38_143685_box_Incident_Summaries_173-233
Agency: Department of War
Page 83
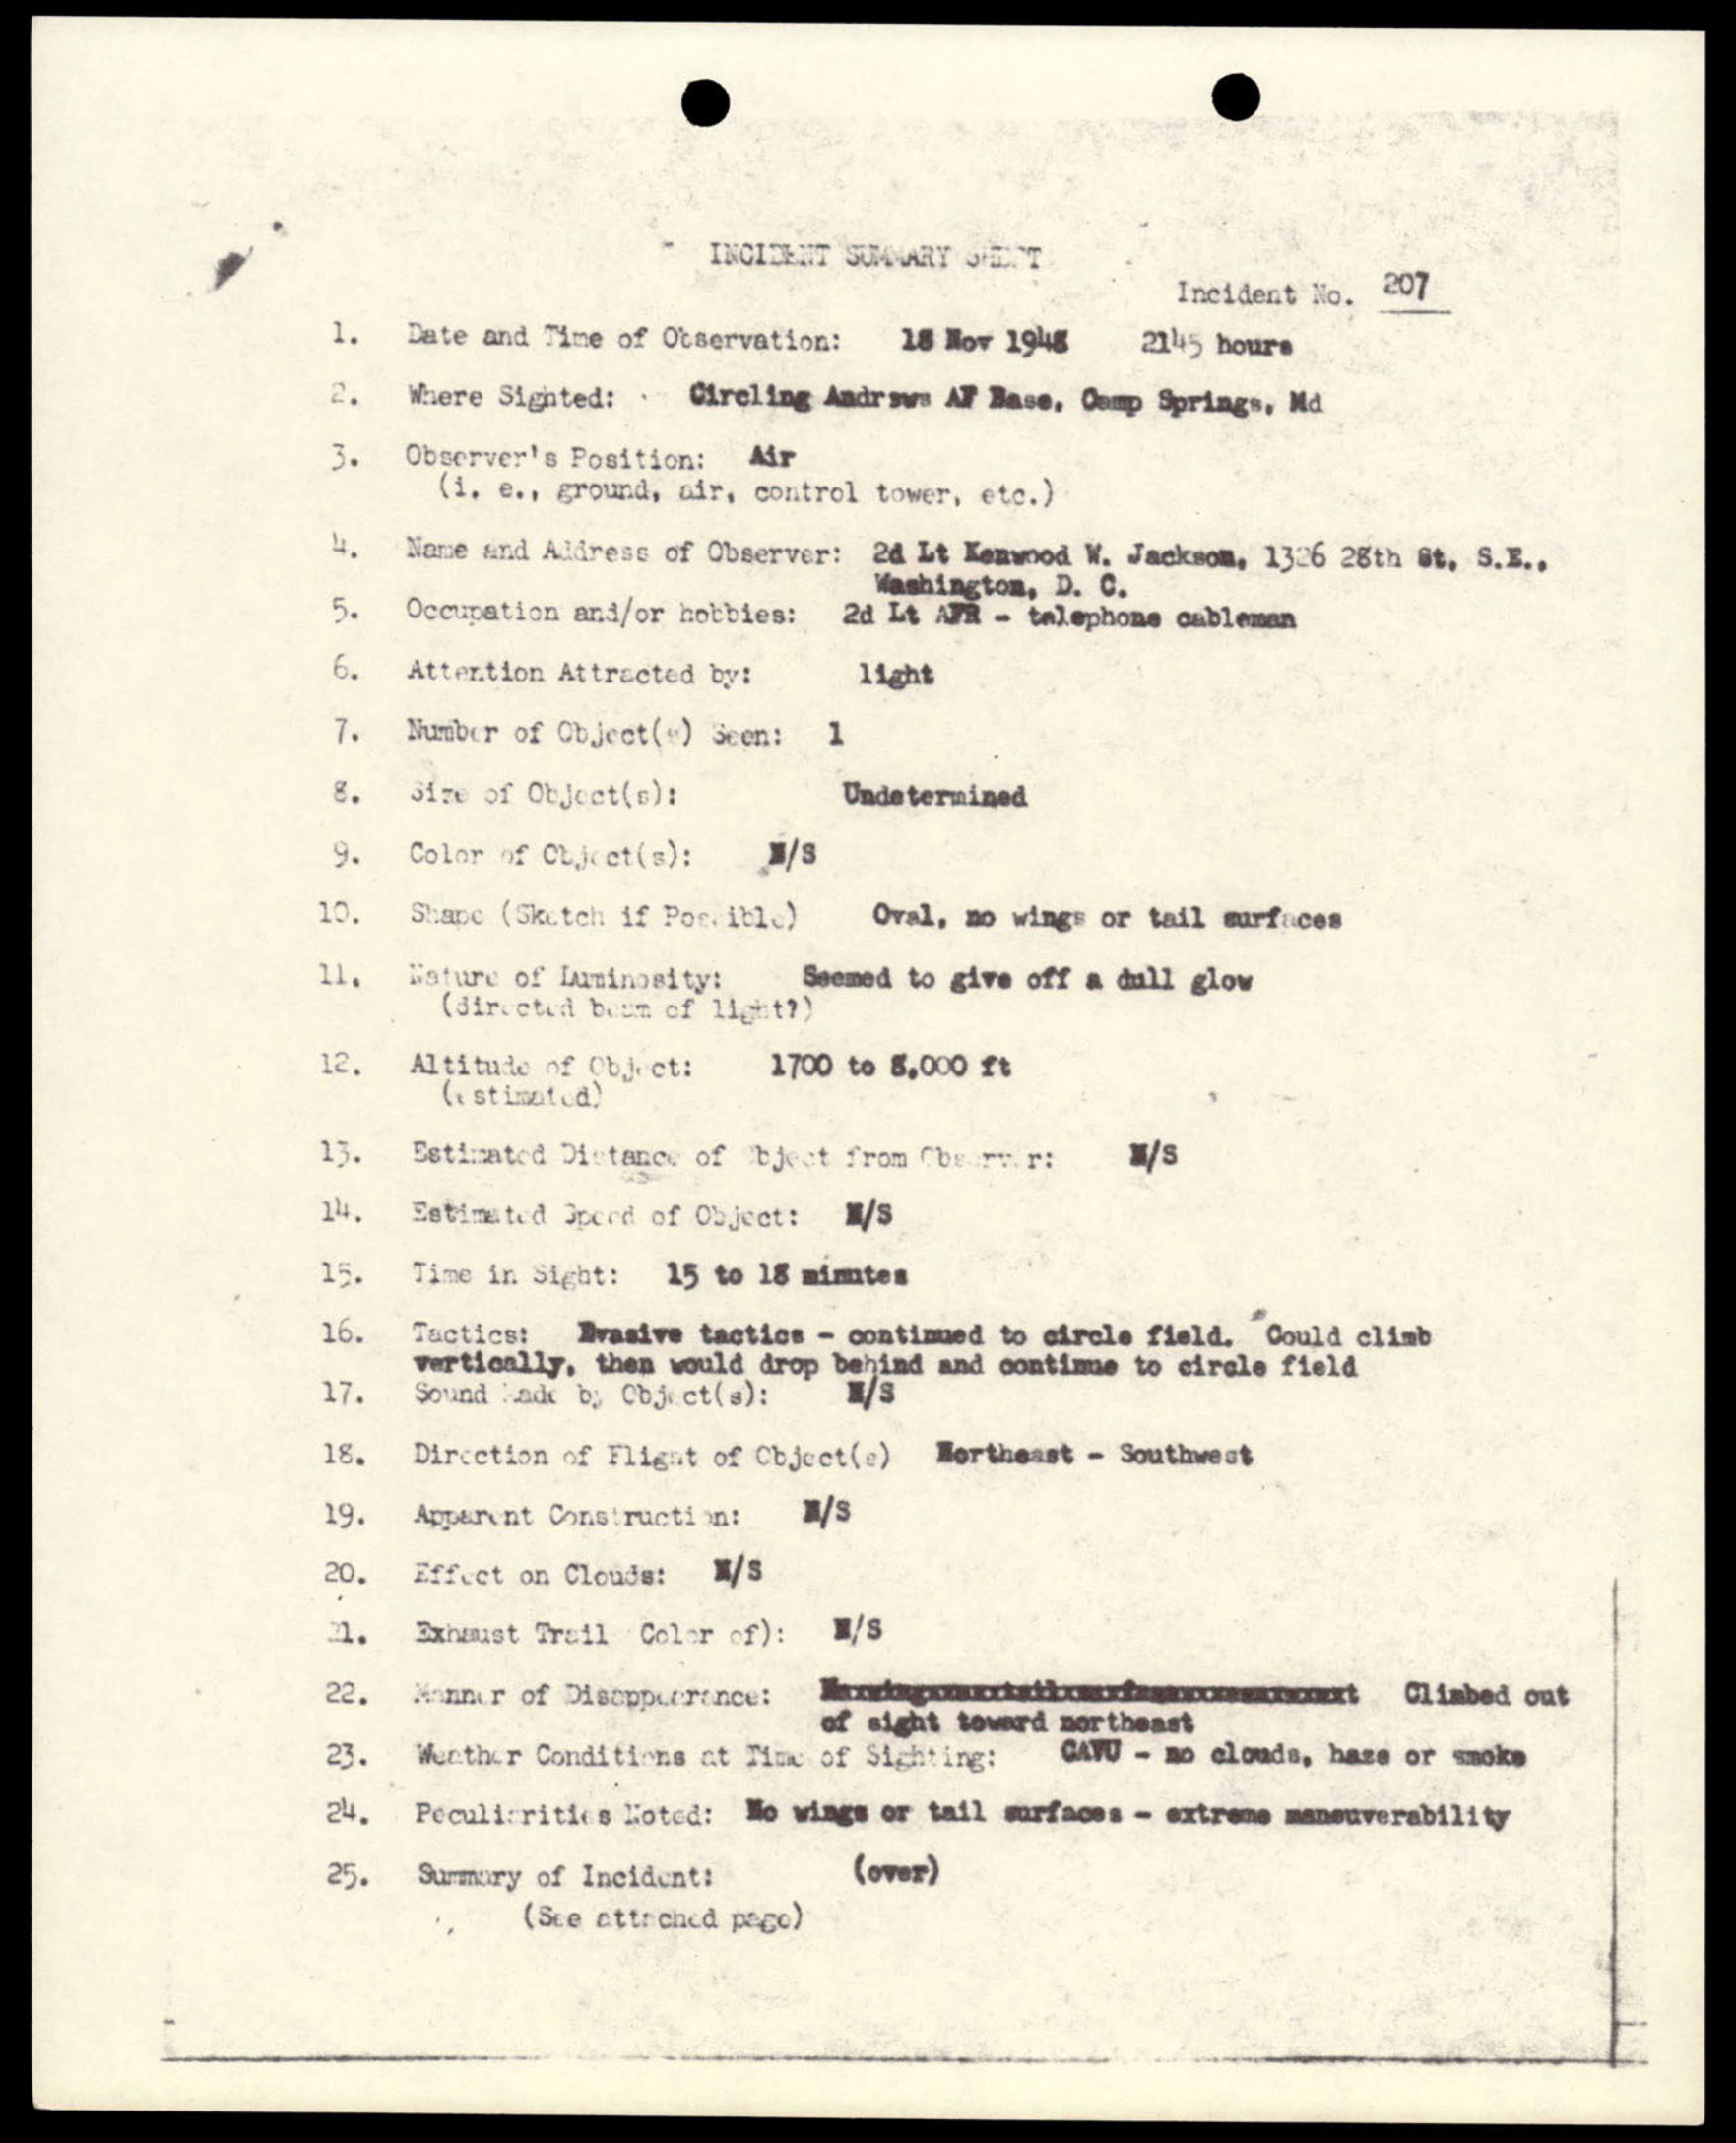